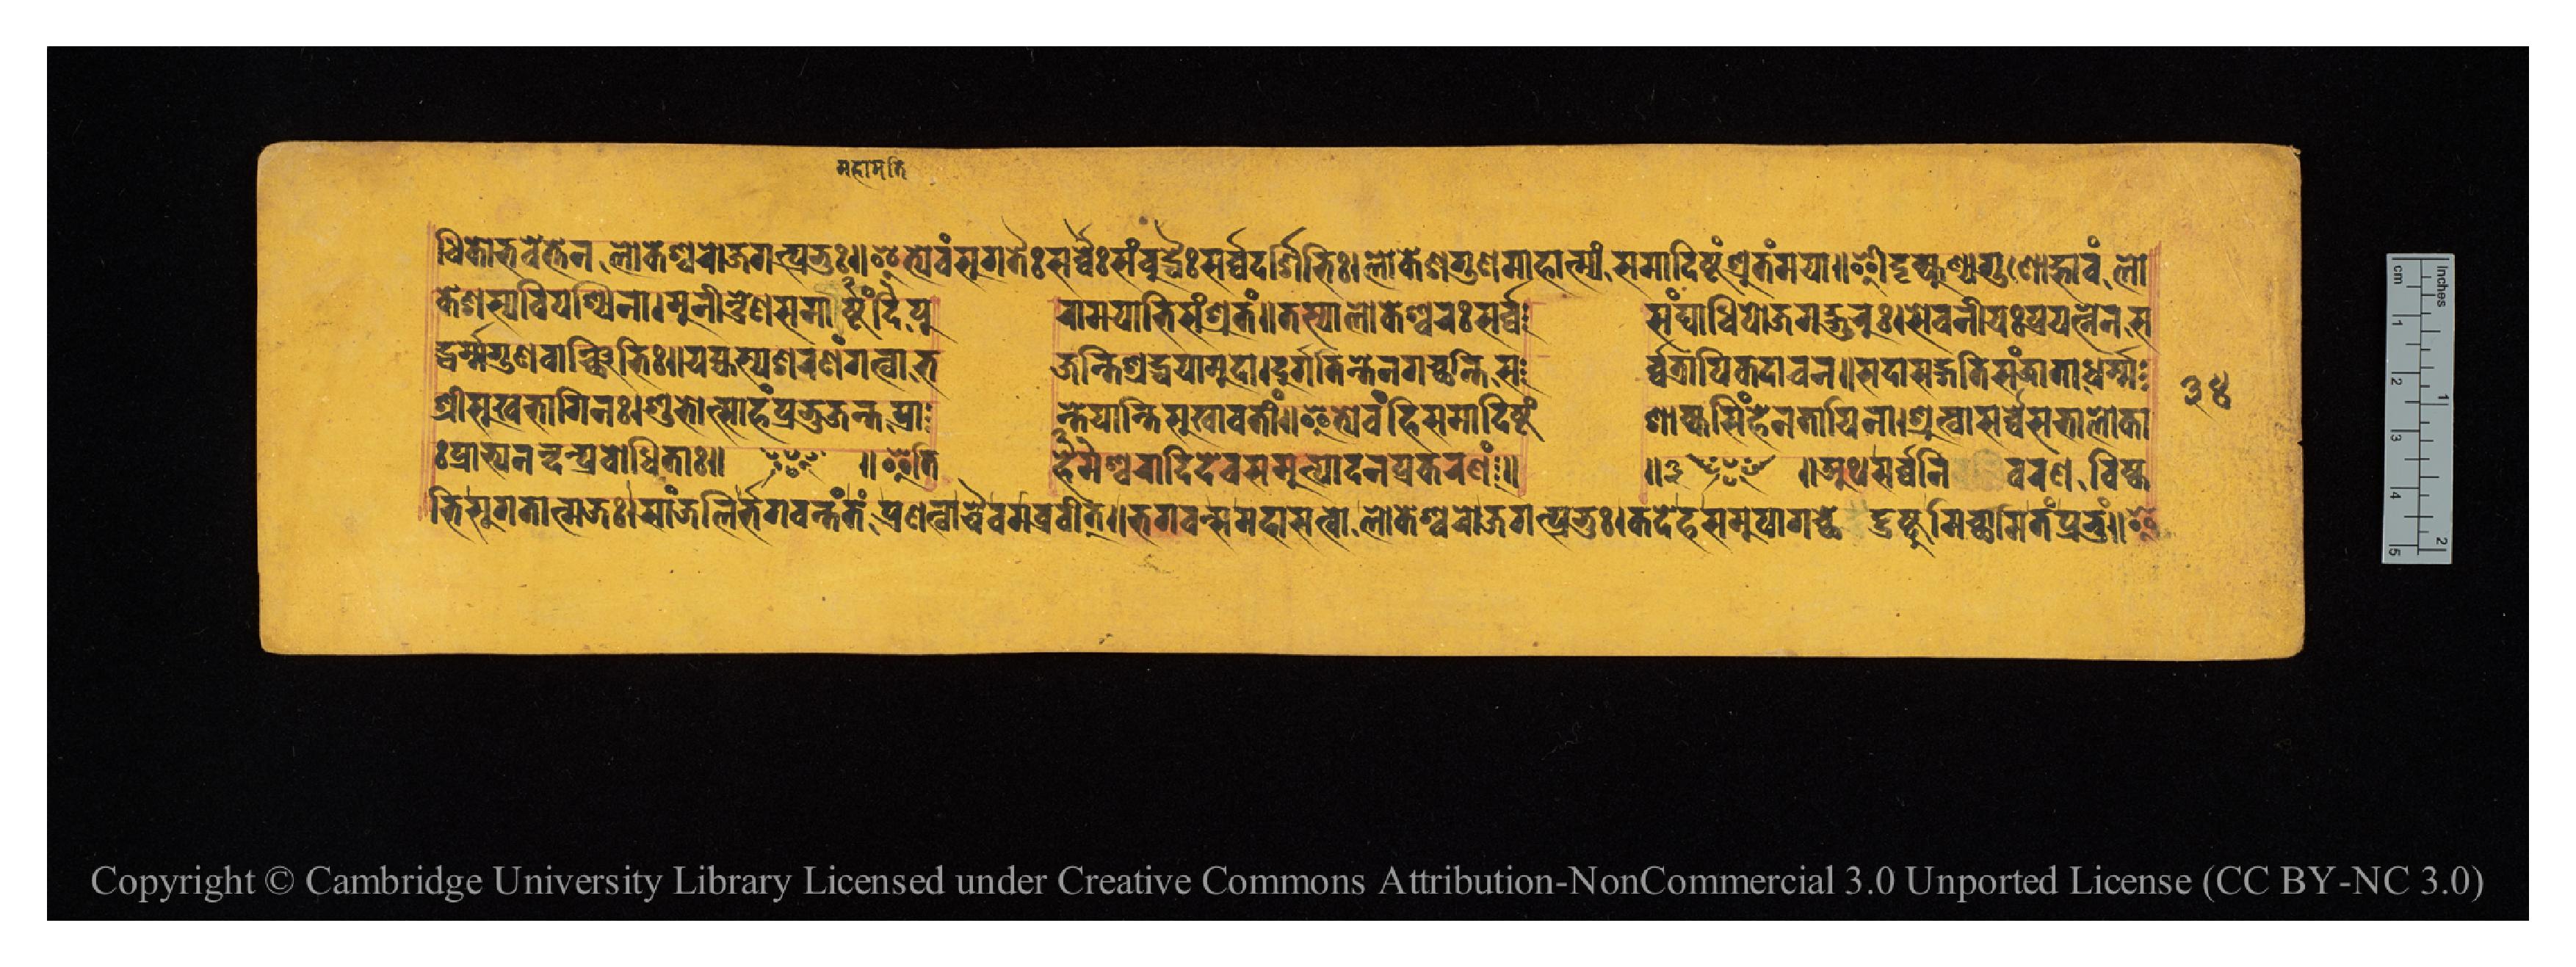
𑐢𑐶𑐎𑑀𑐨𑐰𑐾𑐟𑑂𑐟𑐾𑐣𑐮𑑀𑐎𑐾𑐱𑑂𑐰𑐬𑑀𑐖𑐐𑐟𑑂𑐥𑑂𑐬𑐨𑐸𑑅𑑌𑐂𑐟𑑂𑐫𑐾𑐰𑑄𑐳𑐸𑐐𑐟𑐿𑑅𑐳𑐬𑑂𑐰𑑂𑐰𑐿𑑅𑐳𑑄𑐧𑐸𑐡𑑂𑐢𑐿𑑅𑐳𑐬𑑂𑐰𑑂𑐰𑐡𑐬𑑂𑐱𑐶𑐨𑐶𑑅𑑋𑐮𑑀𑐎𑐾𑐱𑐐𑐸𑐞𑐩𑐵𑐴𑐵𑐟𑑂𑐩𑑂𑐫𑑄𑐳𑐩𑐵𑐡𑐶𑐲𑑂𑐚𑑄𑐱𑑂𑐬𑐸𑐟𑑄𑐩𑐫𑐵𑑌𑐃𑐡𑐺𑐎𑑂𑐥𑐸𑐞𑑂𑐫𑐐𑐸𑐞𑑀𑐡𑑂𑐨𑐵𑐰𑑄𑐮𑑀 𑐎𑐾𑐱𑐳𑑂𑐫𑐰𑐶𑐥𑐱𑑂𑐰𑐶𑐣𑑅𑑋𑐩𑐶𑐣𑐷𑐣𑑂𑐡𑑂𑐬𑐾𑐞𑐳𑐩𑐵𑐡𑐶𑐲𑑂𑐚𑑄𑐥𑐸  𑐬𑐵𑐩𑐫𑐵𑐨𑐶𑐳𑑄𑐱𑑂𑐬𑐸𑐟𑑄𑑌𑐟𑐳𑑂𑐩𑐵𑐮𑑂𑐮𑑀𑐎𑐾𑐱𑐰𑐬𑑅𑐳𑐬𑑂𑐰𑑂𑐰  𑐳𑑄𑐑𑐵𑐢𑐶𑐥𑑀𑐖𑐐𑐡𑑂𑐐𑐸𑐬𑐸𑑅𑑋𑐳𑐾𑐰𑐣𑐷𑐫𑑅𑐥𑑂𑐬𑐫𑐟𑑂𑐣𑐾𑐣𑐳 𑐡𑑂𑐢𑐬𑑂𑐩𑑂𑐩𑐐𑐸𑐞𑐰𑐵𑐘𑑂𑐕𑐶𑐨𑐶𑑅𑑋𑐫𑐾𑐴𑑂𑐫𑐳𑑂𑐫𑐱𑐬𑐞𑑄𑐐𑐟𑑂𑐰𑐵𑐨  𑐖𑐣𑑂𑐟𑐶𑐱𑑂𑐬𑐡𑑂𑐢𑐫𑐵𑐩𑐸𑐡𑐵𑑋𑐡𑐸𑐬𑑂𑐐𑐟𑐶𑑄𑐟𑐾𑐣𑐐𑐔𑑂𑐕𑐣𑑂𑐟𑐶𑐳  𑐬𑑂𑐰𑑂𑐰𑐟𑑂𑐬𑐵𑐥𑐶𑐎𑐡𑐵𑐔𑐣𑑌𑐳𑐡𑐵𑐳𑐡𑑂𑐐𑐟𑐶𑐳𑐘𑑂𑐖𑐵𑐟𑐵𑐢𑐬𑑂𑐩𑑂𑐩 𑐱𑑂𑐬𑐷𑐳𑐸𑐏𑐨𑐵𑐐𑐶𑐣𑑅𑑋𑐱𑐸𑐨𑑀𑐟𑑂𑐳𑐵𑐴𑑄𑐥𑑂𑐬𑐨𑐸𑐘𑑂𑐖𑐣𑑂𑐟𑐥𑑂𑐬𑐵  𑐣𑑂𑐟𑐾𑐫𑐵𑐣𑑂𑐟𑐶𑐳𑐸𑐏𑐵𑐰𑐟𑐷𑑄𑑌𑐂𑐟𑑂𑐫𑐾𑐰𑑄𑐴𑐶𑐳𑐩𑐵𑐡𑐶𑐲𑑂𑐚𑑄  𑐱𑐵𑐎𑑂𑐫𑐳𑐶𑑄𑐴𑐾𑐣𑐟𑐵𑐫𑐶𑐣𑐵𑑋𑐱𑑂𑐬𑐸𑐟𑑂𑐰𑐵𑐳𑐬𑑂𑐰𑑂𑐰𑐾𑐳𑐨𑐵𑐮𑑀𑐎𑐵 𑑅𑐥𑑂𑐬𑐵𑐨𑑂𑐫𑐣𑐣𑑂𑐡𑐣𑑂𑐥𑑂𑐬𑐧𑑀𑐢𑐶𑐟𑐵𑑅𑑌 ~ 𑑌𑐂𑐟𑐶  𑐴𑐾𑐩𑐾𑐱𑑂𑐰𑐬𑐵𑐡𑐶𑐡𑐾𑐰𑐳𑐩𑐸𑐟𑑂𑐥𑐵𑐡𑐣𑐥𑑂𑐬𑐎𑐬𑐞𑑄𑑌  𑑌 ~ 𑑌𑐀𑐠𑐳𑐬𑑂𑐰𑑂𑐰𑐣𑐷𑐰𑐬𑐞𑐰𑐶𑐲𑑂𑐎  𑐩𑑂𑐨𑐷𑐳𑐸𑐐𑐟𑐵𑐟𑑂𑐩𑐖𑑅𑑋𑐳𑐵𑑄𑐖𑐮𑐶𑐬𑑂𑐨𑐐𑐰𑐣𑑂𑐟𑑄𑐟𑑄𑐥𑑂𑐬𑐞𑐟𑑂𑐰𑐵𑐔𑐿𑐰𑐩𑐧𑑂𑐬𑐰𑐷𑐟𑑂𑑌𑐨𑐐𑐰𑐣𑑂𑐳𑐩𑐴𑐵𑐳𑐟𑑂𑐰𑑀𑐮𑑀𑐎𑐾𑐱𑑂𑐰𑐬𑐖𑐐𑐟𑑂𑐥𑑂𑐬𑐨𑐸𑑅𑑋𑐎𑐡𑐾𑐴𑐳𑐩𑐸𑐥𑐵𑐐𑐕𑐾𑐡𑑂𑐡𑑂𑐬𑐲𑑂𑐚𑐸𑐩𑐶𑐔𑑂𑐕𑐵𑐩𑐶𑐟𑑄𑐥𑑂𑐬𑐨𑐸𑑄𑑌𑐂 𑑓𑑔